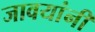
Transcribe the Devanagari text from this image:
जावयांनी